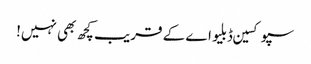
سپوکسین ڈبلیو اے کے قریب کچھ بھی نہیں!